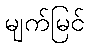
မျက်မြင်